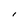
Character: I